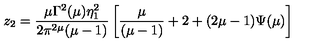
z _ { 2 } = \frac { \mu \Gamma ^ { 2 } ( \mu ) \eta _ { 1 } ^ { 2 } } { 2 \pi ^ { 2 \mu } ( \mu - 1 ) } \left[ \frac { \mu } { ( \mu - 1 ) } + 2 + ( 2 \mu - 1 ) \Psi ( \mu ) \right]